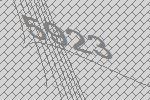
5923